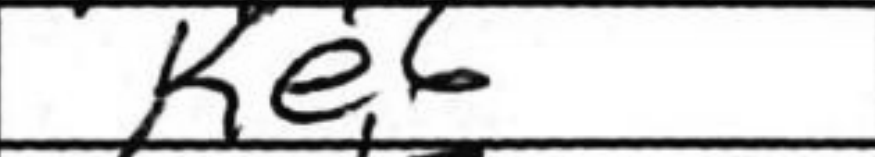
Transcription: Ke6